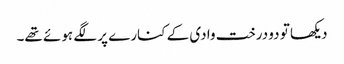
دیکھا تو دو درخت وادی کے کنارے پر لگے ہوئے تھے۔